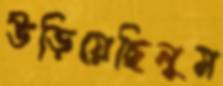
উড়িয়েছিলুম